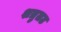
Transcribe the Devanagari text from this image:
शत्रुतट